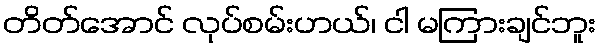
တိတ်အောင် လုပ်စမ်းဟယ်၊ ငါ မကြားချင်ဘူး